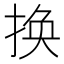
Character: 换